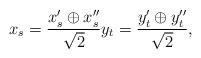
LaTeX: \begin{align*} x_s = \frac{x'_s \oplus x_s''}{\sqrt{2}} y_t= \frac{y_t'\oplus y_t''}{\sqrt{2}}, \end{align*}